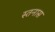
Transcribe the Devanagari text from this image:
स्तनास